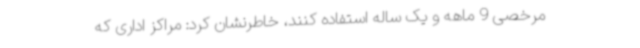
مرخصی 9 ماهه و یک ساله استفاده کنند، خاطرنشان کرد: مراکز اداری که